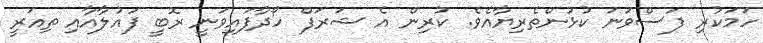
ހަމަކުރި ފަސްވަނަ ކުޅުންތެރިޔާއެވެ. ކުރިން އެ ޝަރަފް ހޯދާފައިވަނީ ރޮބީ ފައުލާއާއި ތިއަރީ